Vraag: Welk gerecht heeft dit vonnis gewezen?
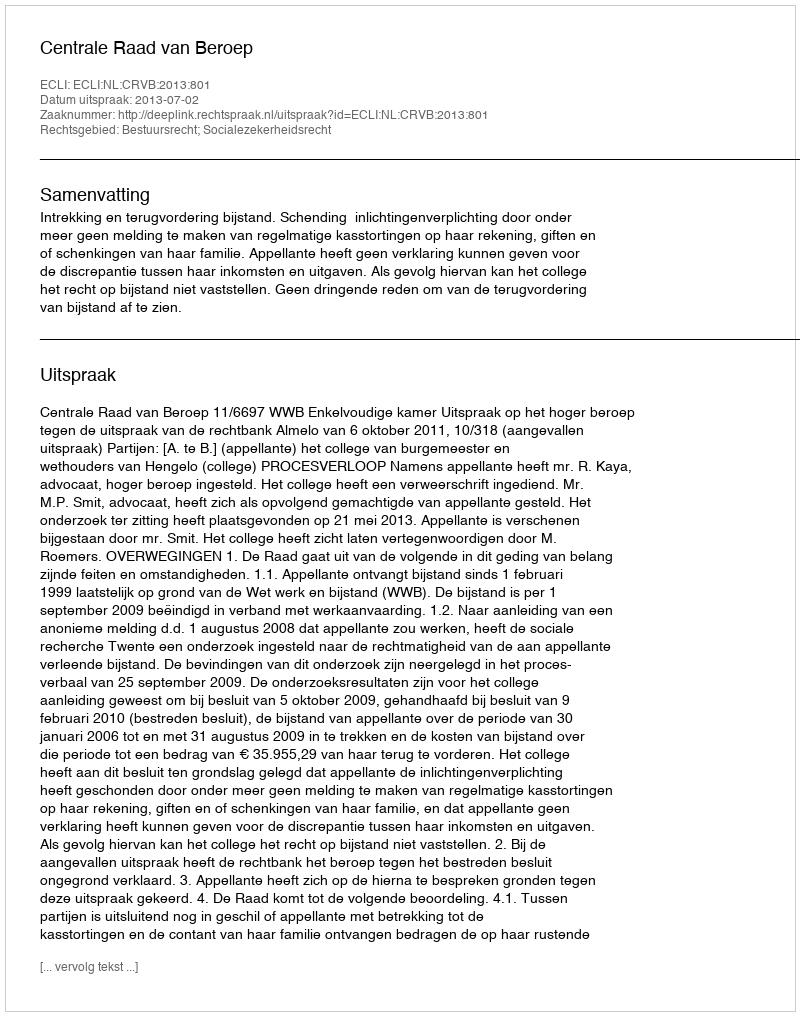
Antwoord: Centrale Raad van Beroep